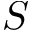
S